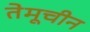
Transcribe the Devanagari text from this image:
तेमूचीन